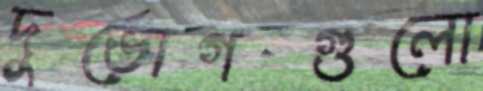
দুর্ভোগগুলো